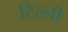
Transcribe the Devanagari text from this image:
टिल्ली